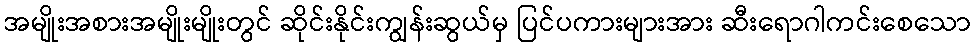
အမျိုးအစားအမျိုးမျိုးတွင် ဆိုင်းနိုင်းကျွန်းဆွယ်မှ ပြင်ပကားများအား ဆီးရောဂါကင်းစေသော